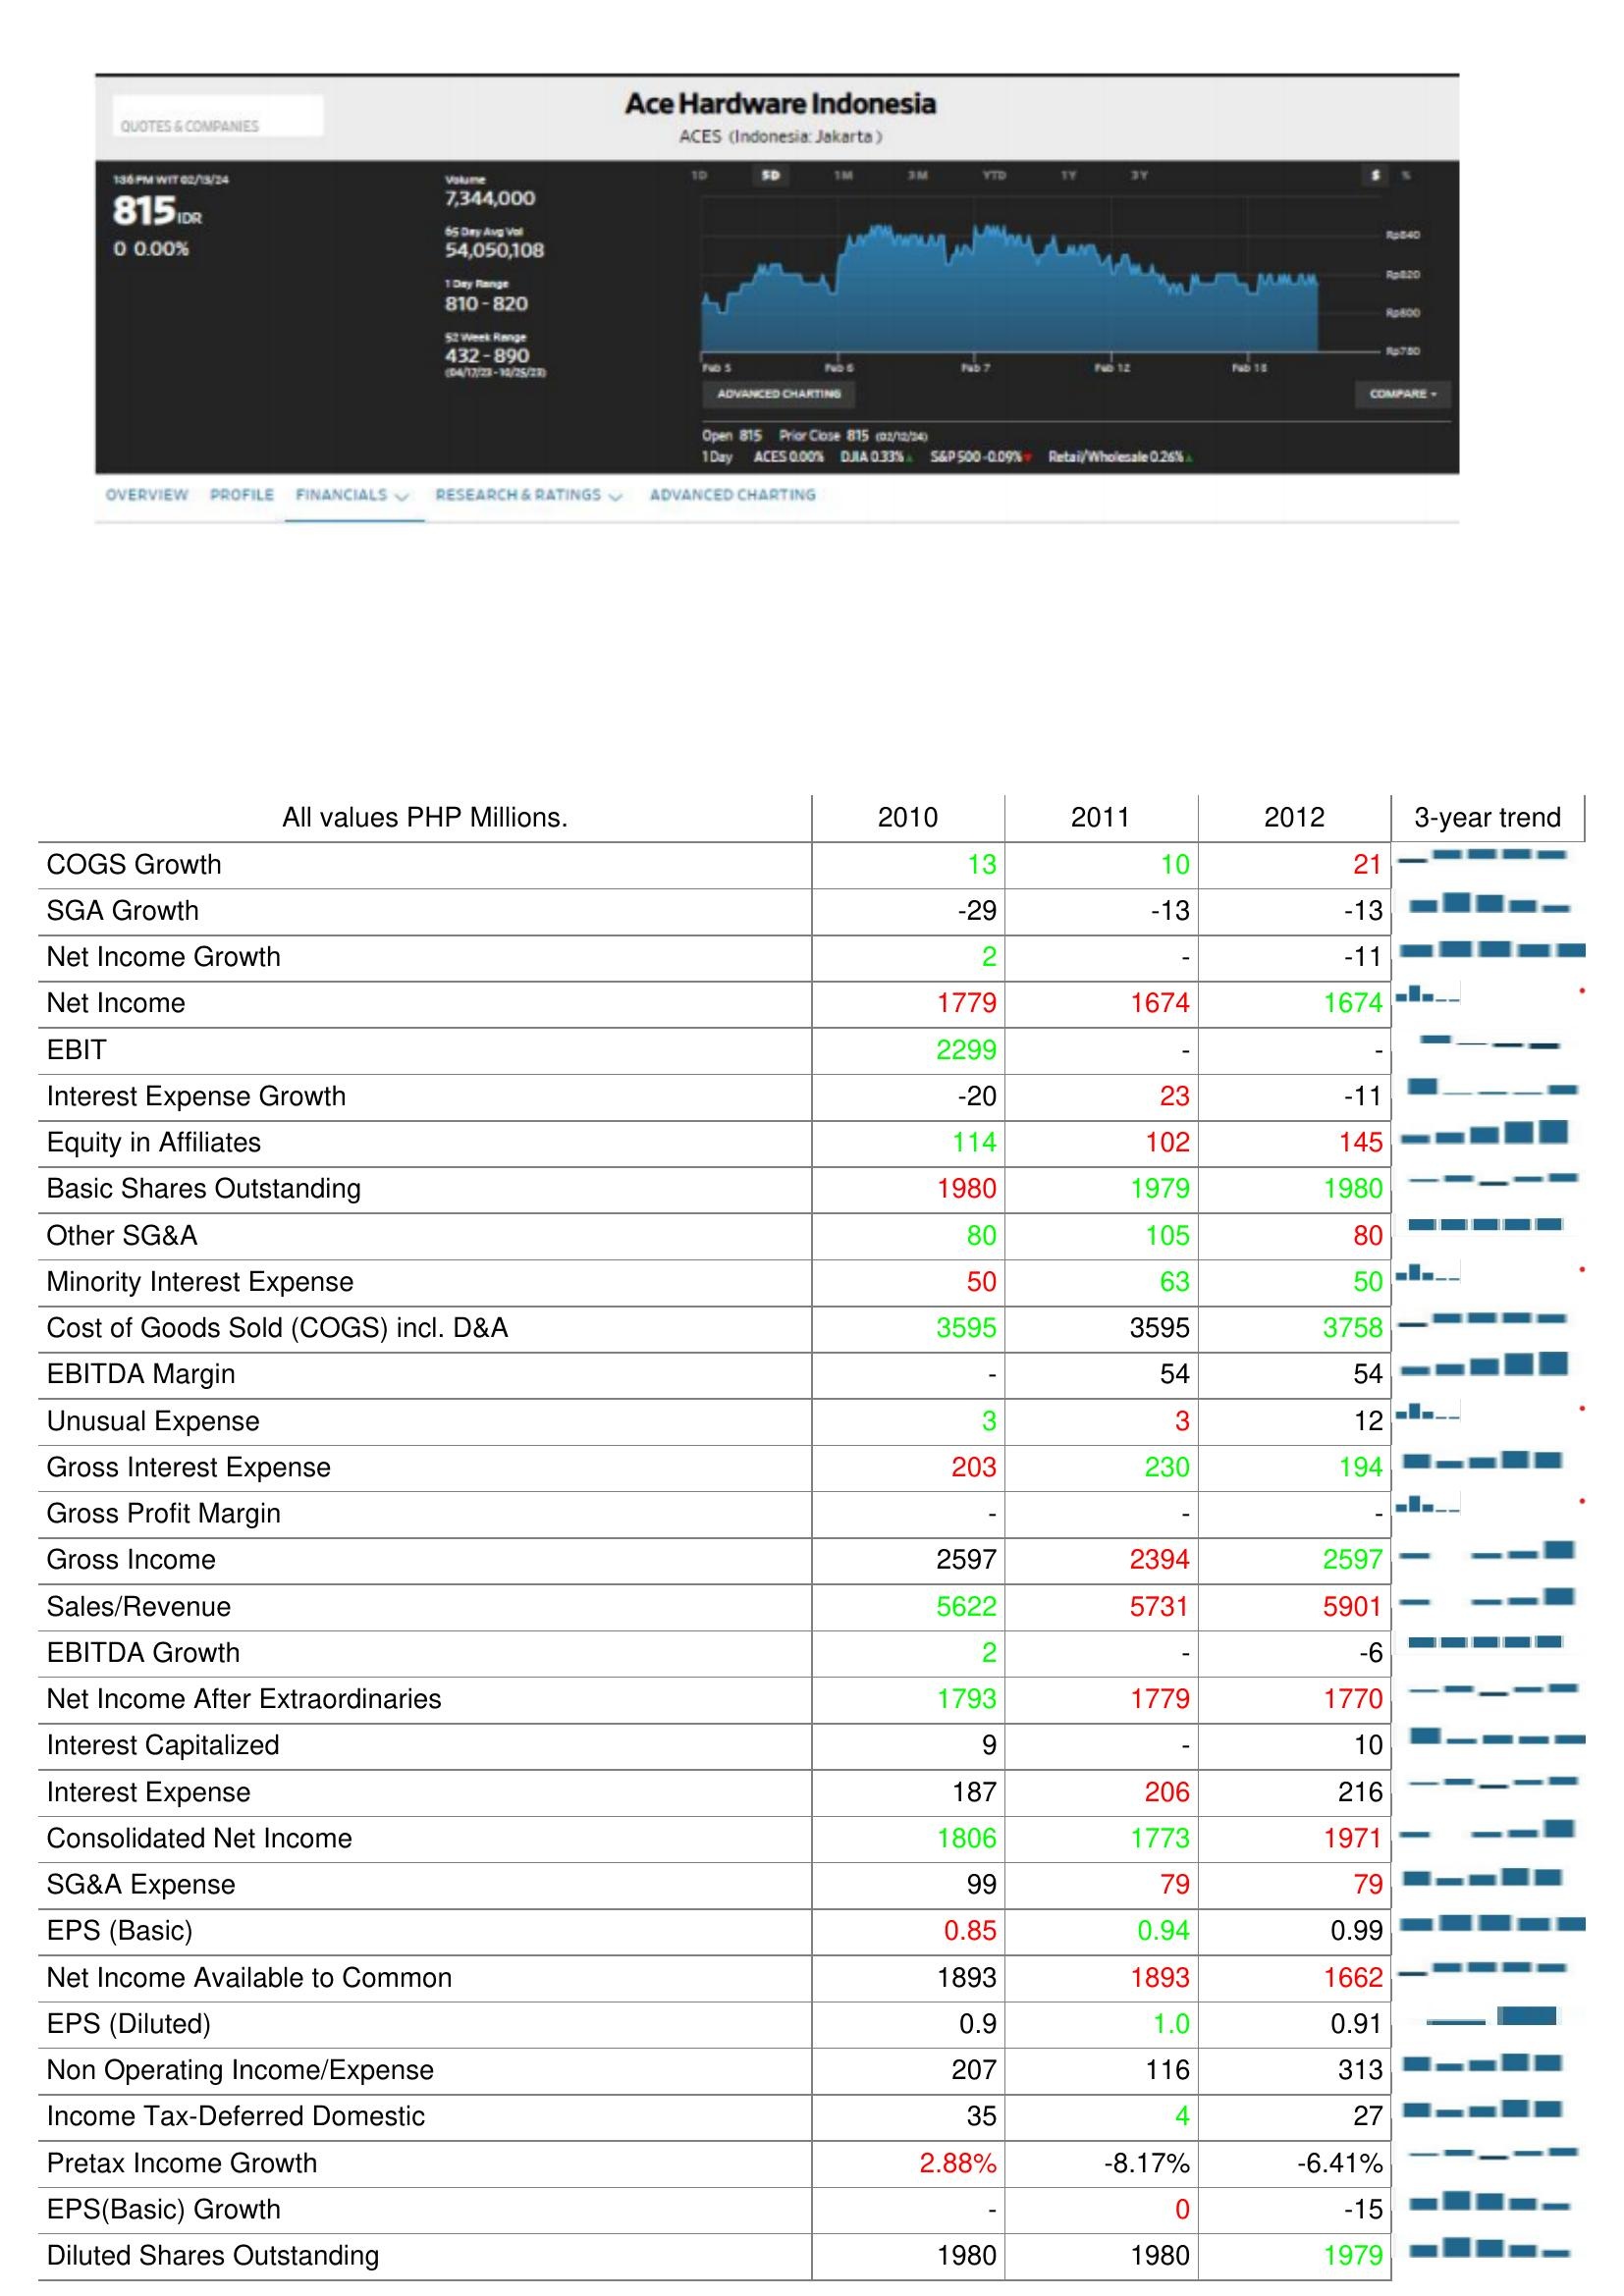
2010: : COGS Growth: 13
SGA Growth: -29
Net Income Growth: 2
Net Income: 1779
EBIT: 2299
Interest Expense Growth: -20
Equity in Affiliates: 114
Basic Shares Outstanding: 1980
Other SG&A: 80
Minority Interest Expense: 50
Cost of Goods Sold (COGS) incl. D&A: 3595
EBITDA Margin: -
Unusual Expense: 3
Gross Interest Expense: 203
Gross Profit Margin: -
Gross Income: 2597
Sales/Revenue: 5622
EBITDA Growth: 2
Net Income After Extraordinaries: 1793
Interest Capitalized: 9
Interest Expense: 187
Consolidated Net Income: 1806
SG&A Expense: 99
EPS (Basic): 0.85
Net Income Available to Common: 1893
EPS (Diluted): 0.9
Non Operating Income/Expense: 207
Income Tax-Deferred Domestic: 35
Pretax Income Growth: 2.88%
EPS(Basic) Growth: -
Diluted Shares Outstanding: 1980
2011: : COGS Growth: 10
SGA Growth: -13
Net Income Growth: -
Net Income: 1674
EBIT: -
Interest Expense Growth: 23
Equity in Affiliates: 102
Basic Shares Outstanding: 1979
Other SG&A: 105
Minority Interest Expense: 63
Cost of Goods Sold (COGS) incl. D&A: 3595
EBITDA Margin: 54
Unusual Expense: 3
Gross Interest Expense: 230
Gross Profit Margin: -
Gross Income: 2394
Sales/Revenue: 5731
EBITDA Growth: -
Net Income After Extraordinaries: 1779
Interest Capitalized: -
Interest Expense: 206
Consolidated Net Income: 1773
SG&A Expense: 79
EPS (Basic): 0.94
Net Income Available to Common: 1893
EPS (Diluted): 1.0
Non Operating Income/Expense: 116
Income Tax-Deferred Domestic: 4
Pretax Income Growth: -8.17%
EPS(Basic) Growth: 0
Diluted Shares Outstanding: 1980
2012: : COGS Growth: 21
SGA Growth: -13
Net Income Growth: -11
Net Income: 1674
EBIT: -
Interest Expense Growth: -11
Equity in Affiliates: 145
Basic Shares Outstanding: 1980
Other SG&A: 80
Minority Interest Expense: 50
Cost of Goods Sold (COGS) incl. D&A: 3758
EBITDA Margin: 54
Unusual Expense: 12
Gross Interest Expense: 194
Gross Profit Margin: -
Gross Income: 2597
Sales/Revenue: 5901
EBITDA Growth: -6
Net Income After Extraordinaries: 1770
Interest Capitalized: 10
Interest Expense: 216
Consolidated Net Income: 1971
SG&A Expense: 79
EPS (Basic): 0.99
Net Income Available to Common: 1662
EPS (Diluted): 0.91
Non Operating Income/Expense: 313
Income Tax-Deferred Domestic: 27
Pretax Income Growth: -6.41%
EPS(Basic) Growth: -15
Diluted Shares Outstanding: 1979